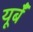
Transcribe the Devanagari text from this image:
यूर्बँ